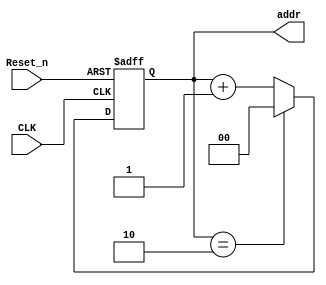
module counter (
	input CLK,Reset_n,
	output reg[1:0]addr
);
	always @(posedge CLK or negedge Reset_n) begin
		if (!Reset_n) begin
			addr=2'b00;
		end else begin
			if (addr==2'b10) begin
				addr<=2'b00;
			end else begin
				addr<=addr+1'b1;
			end
		end
	end
endmodule